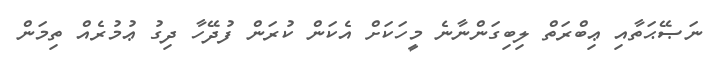
ނަޞޭޙަތާއި ޢިބްރަތް ލިބިގަންނާނެ މީހަކަށް އެކަން ކުރަން ފުދޭހާ ދިގު ޢުމުރެއް ތިމަން